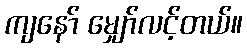
ကျနော် မျှော်လင့်တယ်။